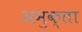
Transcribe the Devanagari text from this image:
अमुक्ता